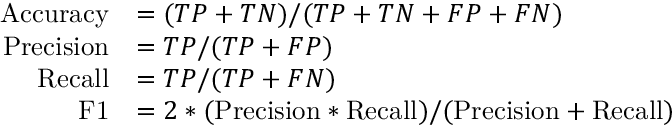
\begin{array} { r l } { \mathrm { A c c u r a c y } } & { = ( T P + T N ) / ( T P + T N + F P + F N ) } \\ { \mathrm { P r e c i s i o n } } & { = T P / ( T P + F P ) } \\ { \mathrm { R e c a l l } } & { = T P / ( T P + F N ) } \\ { \mathrm { F 1 } } & { = 2 * ( \mathrm { P r e c i s i o n } * \mathrm { R e c a l l } ) / ( { \mathrm { P r e c i s i o n } + \mathrm { R e c a l l } } ) } \end{array}